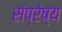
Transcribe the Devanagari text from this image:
संप्रेष्य